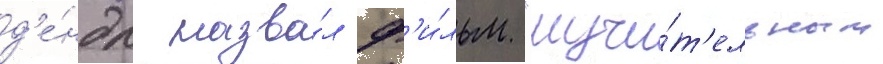
д'е́ндл назва́л ф'и́льм "мучи́т'ельным